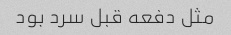
مثل دفعه قبل سرد بود